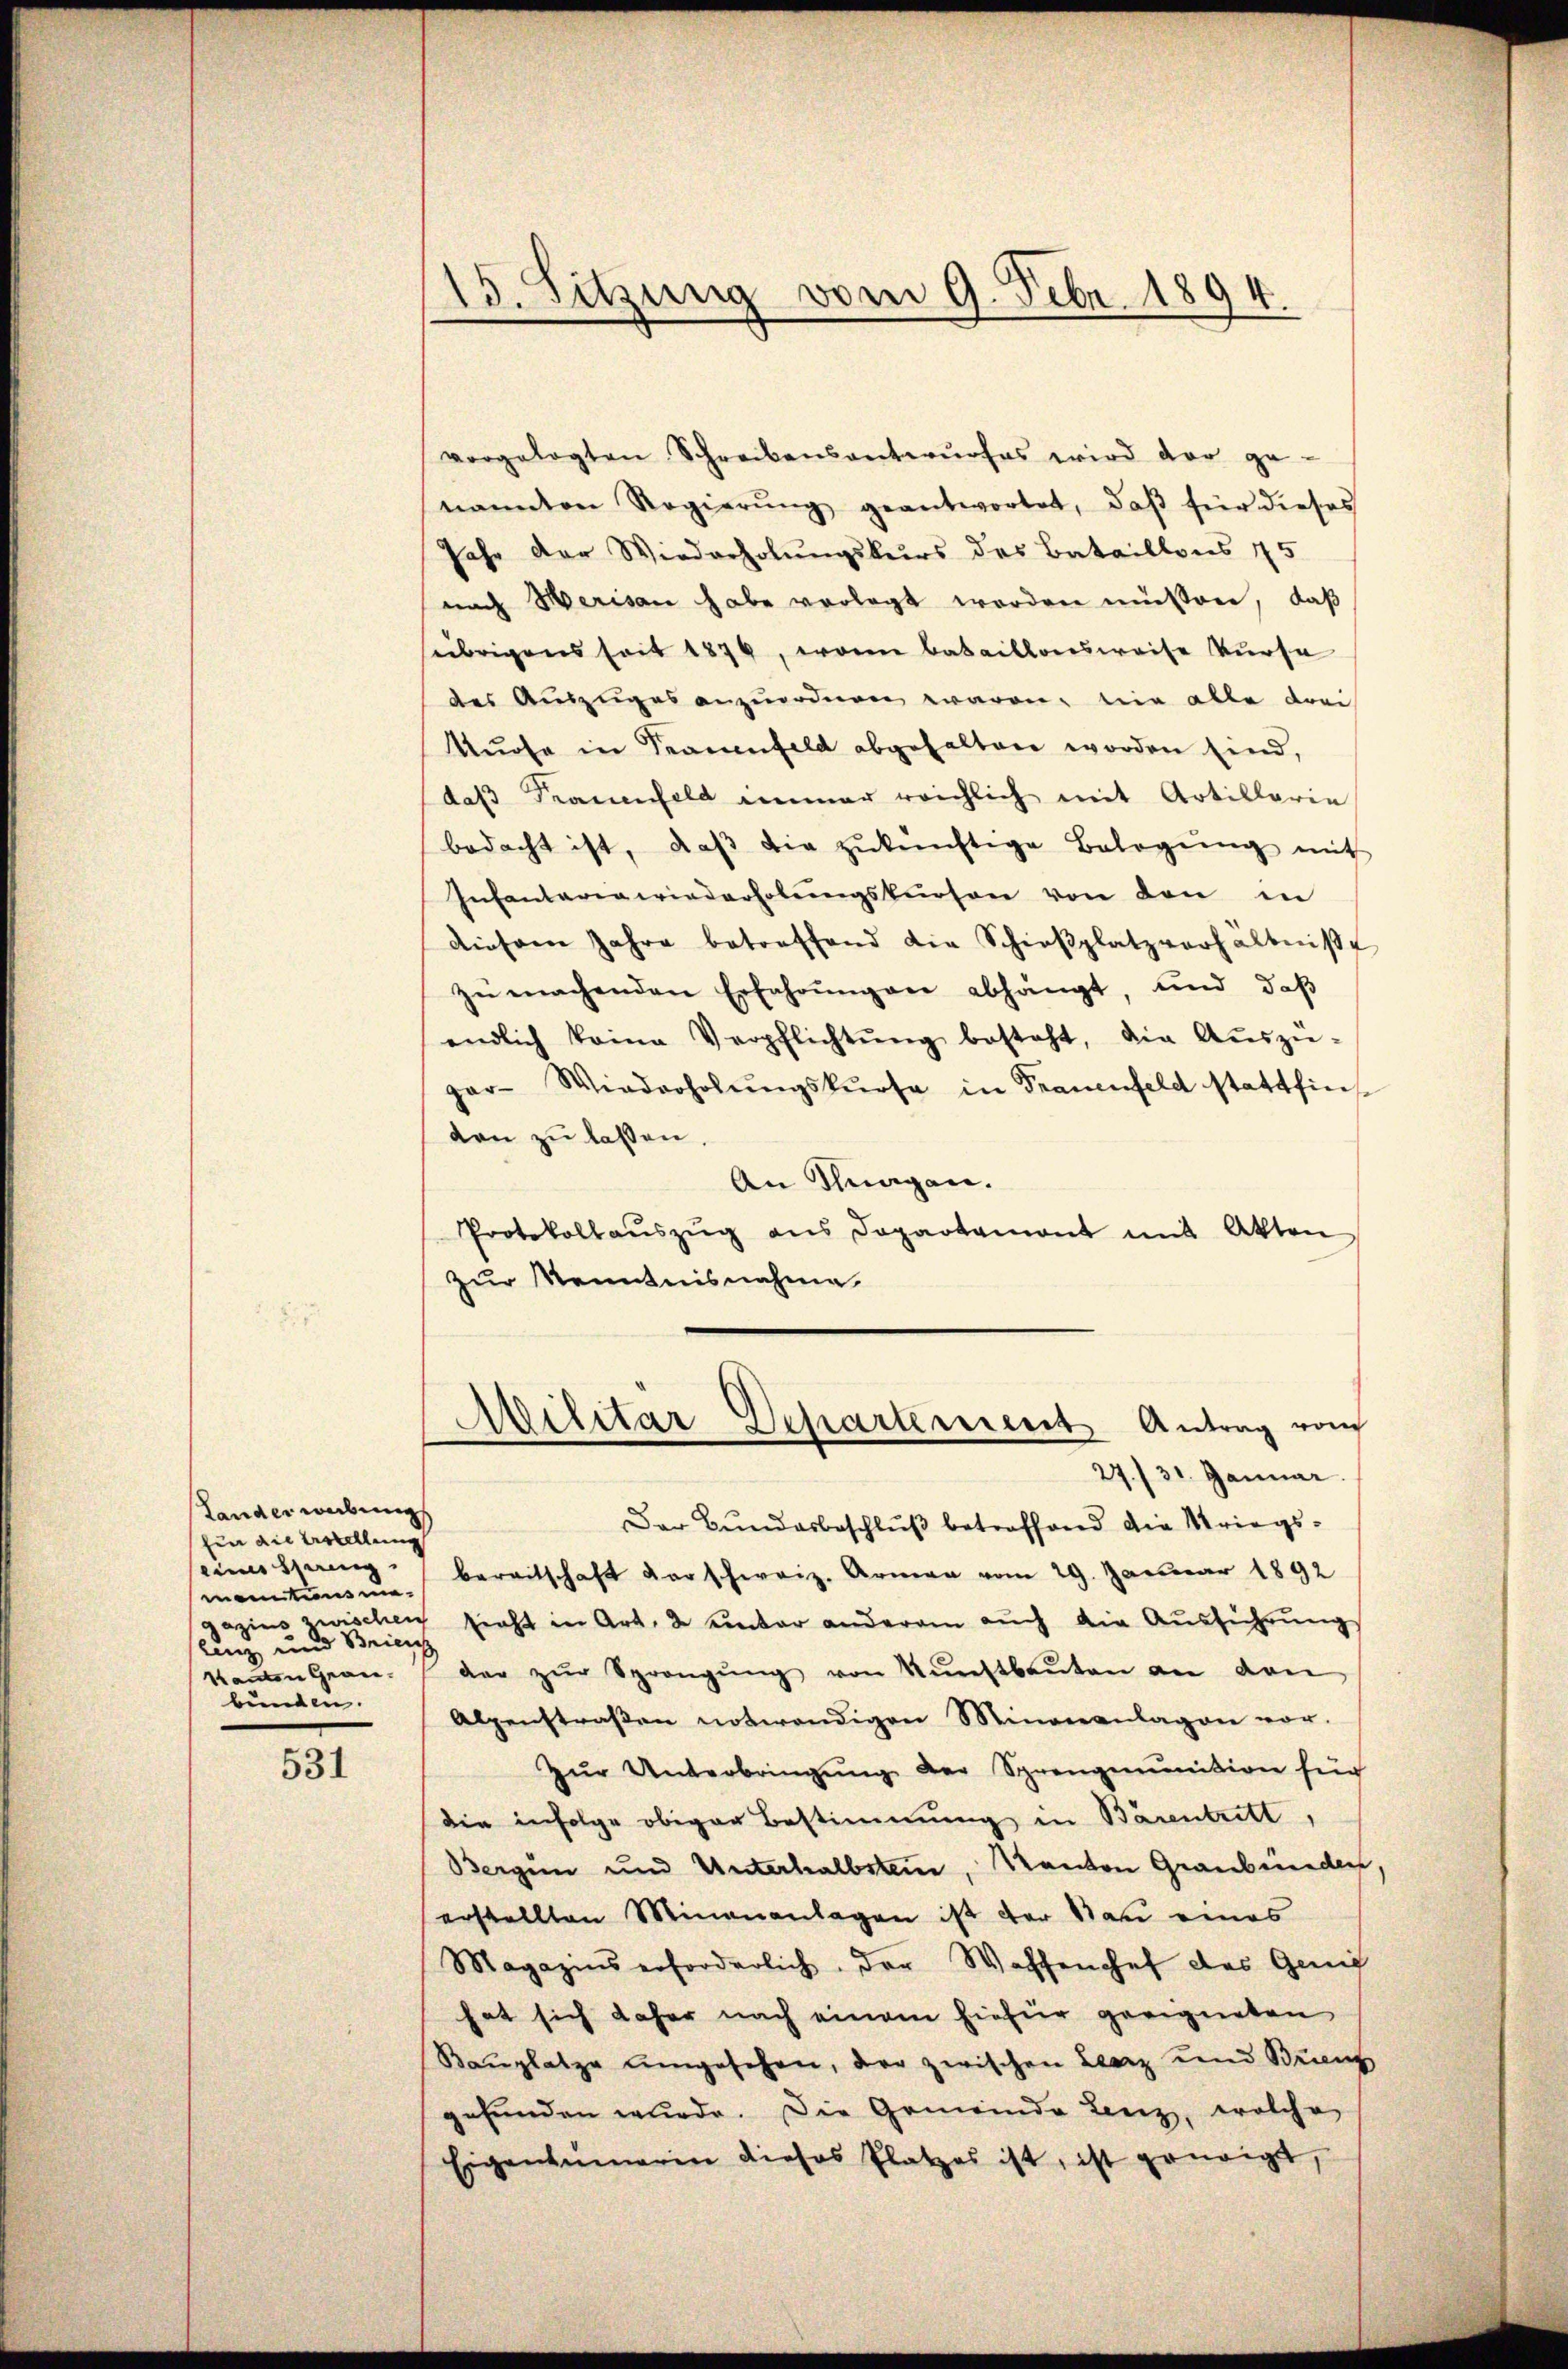
Lander weibung
für die Erstellung
eines Thei
monationsue-
Aus und seine
kanton Graubunden.

531

15. Sitzung vom 9. Febr. 1894.

vorgelegten Schreibensantwurfes wird der ge-
nannten Regierŭng geantwortet, daβ für dieses
Jahr der Wiederholŭngskurs des Bataillons 45
nach Herisau habe vorlegt worden müssen, daß
übrigens seit 1876, worin bataillonsweise kurse
des Auszuges anzuordnen waren, wie alle drei
Kŭrse in Sanenfeld abgehalten worden sind,
daβ Frauenfeld immer reichlich mit Artillarie
bedacht ist, daβ die zŭkünftige Belegŭng mit
Infantaria wiederholŭngskurson von den in
diesem Jahre betreffend die Schieβplatzverhältniße
zŭ machenden Erfahrŭngen abhängt, und daβ
endlich keine Verpflichtŭng besteht, die Aŭszŭ-
par- Wiederholŭngskurse in Frauenfeld stattfin
den zu lassen.
An Klagen.
Protokollaŭszŭg ans Departamont mit Akten
zur Kenntnisnahme

Der Bundesbeschlŭβ betreffend die Kriegsbereitschaft der schweiz. Armen vom 29. Januar 1892
schen sieht in Art. 2 unter anderem auch die Ausführung
dar zŭr Sprangŭng von Kŭnstbaŭten an den
Alpenstraßen notwendigen Minoreanlagen vor.
Zŭr Unterbringŭng der Sprengenition für
die infolge obiger Bestimmung in Bärentritt
Bergen und Unterhalbstein, Kanton Graubünden
erstellten Minananlagen ist der Bau eines
Magazins erforderlich, der Waffenchef des Genif
hat sich daher nach einem hiefür geeigneten
Bauplatze umgesehen, der zwischen Leerz und Briens
gefunden wurde. Die Gemeinde Lenz, welche
Eigentümerin dieses Platzes ist, ist geneigt,

Militär Departement Antrag von
27./31. Januar